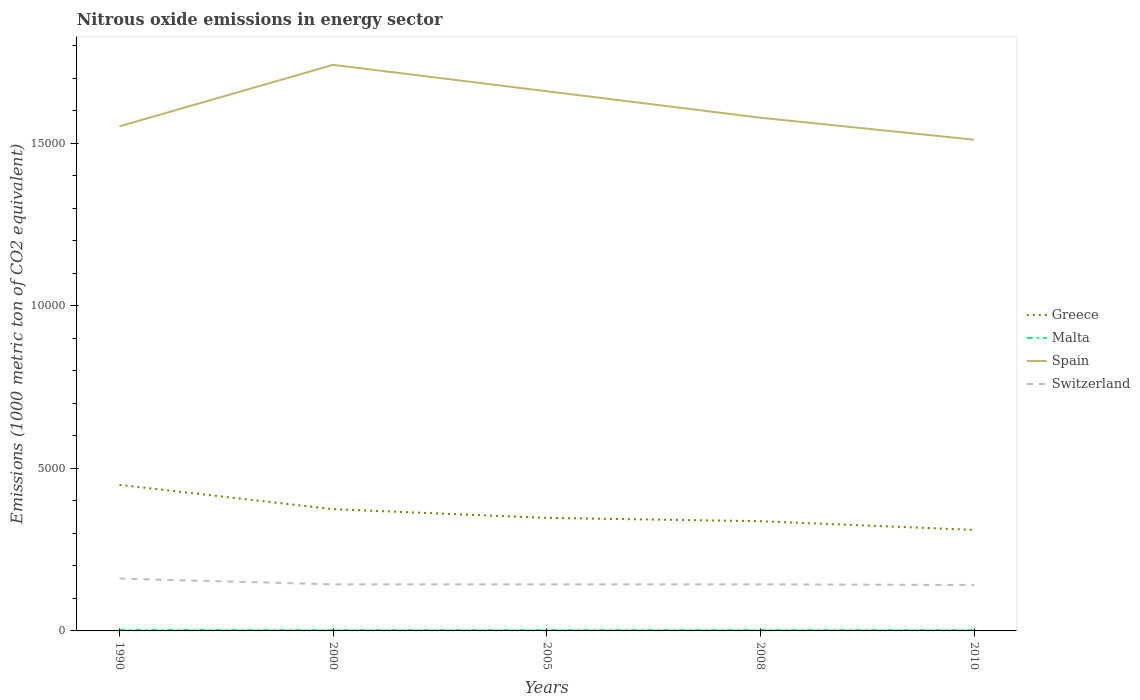
| Years | Greece | Malta | Spain | Switzerland |
 | --- | --- | --- | --- | --- |
 | 1990 | 4.49e+03 | 35 | 1.55e+04 | 1.61e+03 |
 | 2000 | 3.75e+03 | 28.2 | 1.74e+04 | 1.43e+03 |
 | 2005 | 3.48e+03 | 28.7 | 1.66e+04 | 1.43e+03 |
 | 2008 | 3.38e+03 | 31.1 | 1.58e+04 | 1.43e+03 |
 | 2010 | 3.11e+03 | 27.4 | 1.51e+04 | 1.41e+03 |